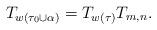
LaTeX: \begin{align*} T_{w(\tau_0 \cup \alpha)} = T_{w(\tau)} T_{m, n}.\end{align*}